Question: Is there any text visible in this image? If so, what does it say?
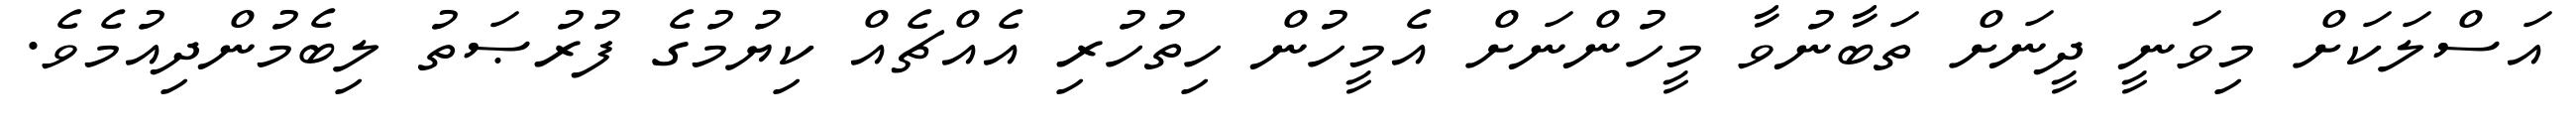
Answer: އަސްލަކަށް މިވަނީ ދީނަށް ތަބާނުވާ މީހުންނަށް އެމީހުން ހިތުހުރި އެއްޗެއް ކިޔުމުގެ ފުރުޞަތު ލިބެމުންދިއުމެވެ.